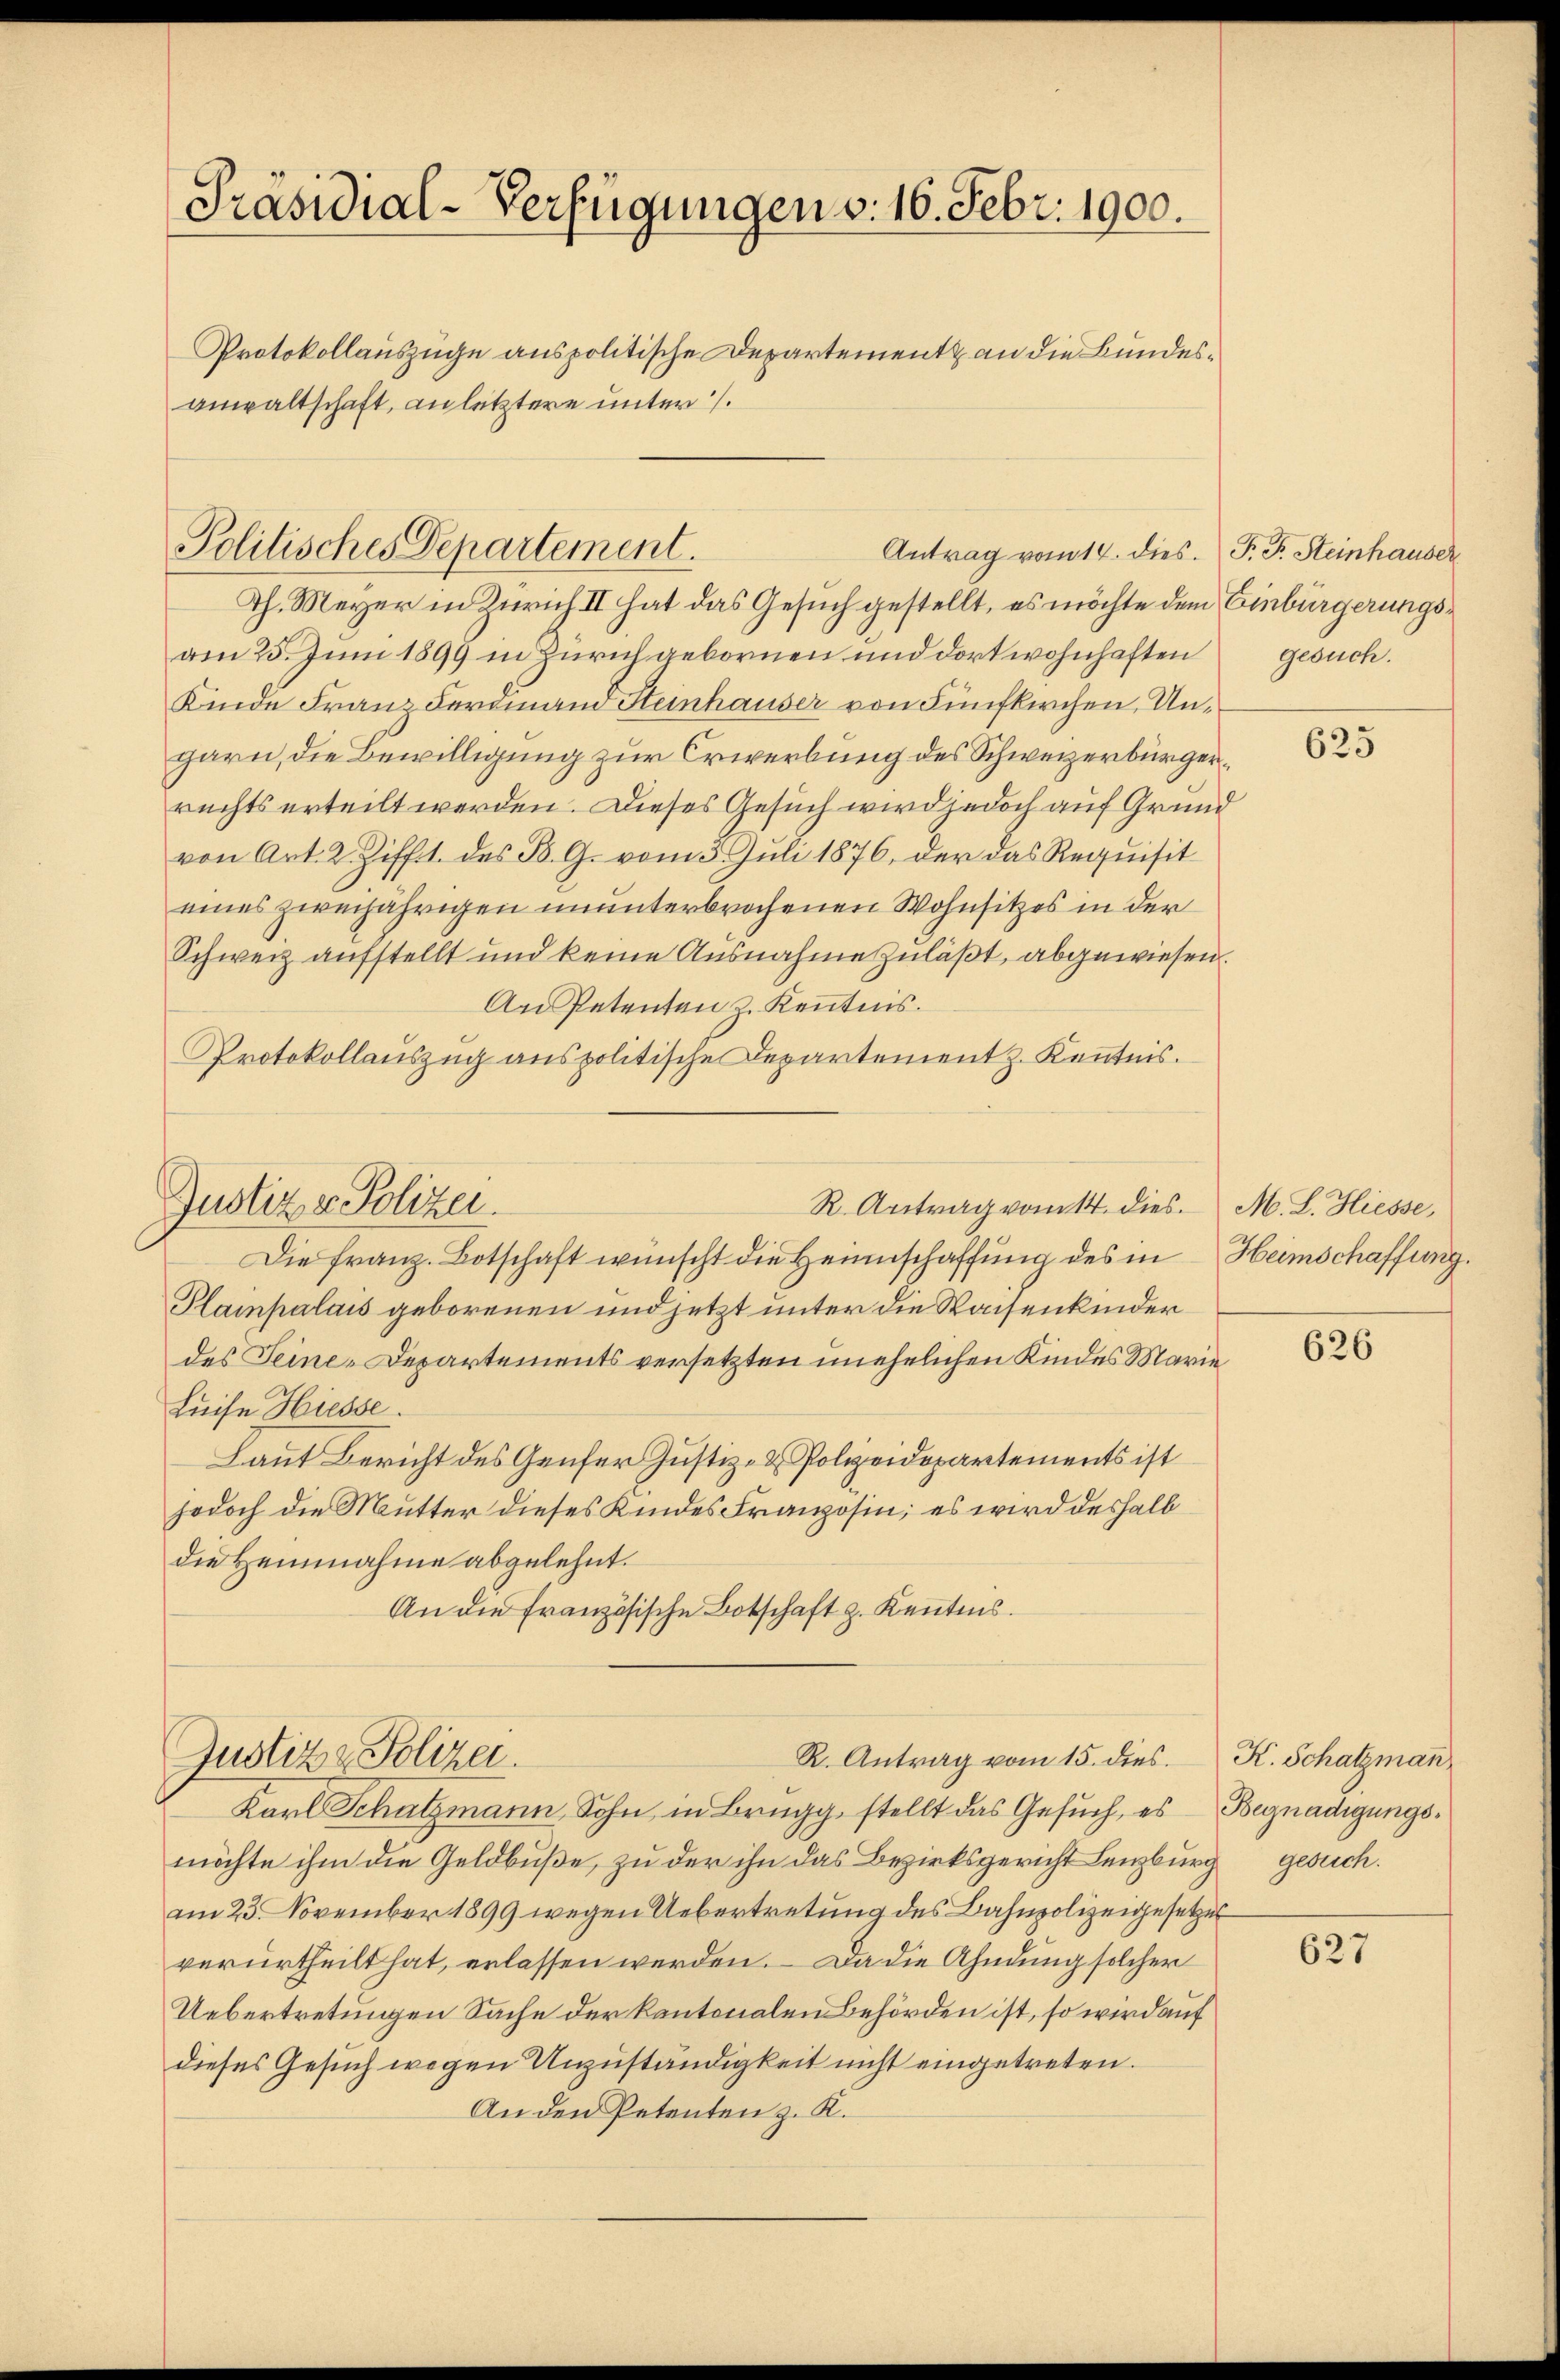
Präsidial-Verfügungen v. 16. Febr. 1900.
Protokollauszüge anspolitische Departement an die Bundesanwaltschaft, an letztere unters.

Politisches Departement.
Antrag vom 14. dies. P. F. Steinhauser

Th. Meyer in Zürich II hat das Gesuch gestellt, es möchte dem Einbürgerungsam 25. Juni 1899 in Zürich gebornen und dort wohnhaften
Kinde Franz Ferdinand Steinhauser von Fünfkirchen, Ungarn, die Bewilligung zur Erwerbung des Schweizerbürger.
rechts erteilt werden. Dieses Gesuch wird jedoch auf Grund
von Art. 2. Ziff. des B. G. vom 3. Jŭli 1876, der das Requisit
eines zweijährigen ununterbrochenen Wohnsitzes in der
Schweiz aufstellt und keine Ausnahme zuläßt, abgewiesen.
An Petenten z. Kenntnis.
Protokollauszug aus politische Departement z. Kenntnis.
Justiz v. Polizei.
R. Antrag vom 14. dies. M. L. Hiesse,
Die franz. Botschaft wünscht die Heimschaffung des in Heimschaffung.
Plampalais geborenen und jetzt unter die Waisenkinder
des Seine-Departements versetzten unehelichen Kindes Marie
Luise Hiesse.
Laut Bericht des Genfer Justiz- & Polizeidepartements ist
jodoch die Mutter dieses Kindes Franzosin; es wird deshalb
die Heinnahme abgelehnt.
An die Französische Botschaft z. Kenntnis.

R. Antrag vom 15. dies.
Justiz & Polizei.

Karl Schutzmann, Sohn in Brugg, stellt das Gesŭch, es Begnadigungsmöchte ihm die Geldbuße, zu der ihn das Bezirksgericht Lenzburg gesuch.
am 23. November 1899 wegen Uebertretung des Bahnpolizeigesetzes
verurtheilt hat, erlassen werden. – Da die Ahndung solcher
Uebertretungen Sache der Kantonalen Behörden ist, so wird auf
dieses Gesuch wegen Unzuständigkeit nicht eingetreten.
An den Petenten z. K.

gesuch.

625

626

K. Schatzman

627